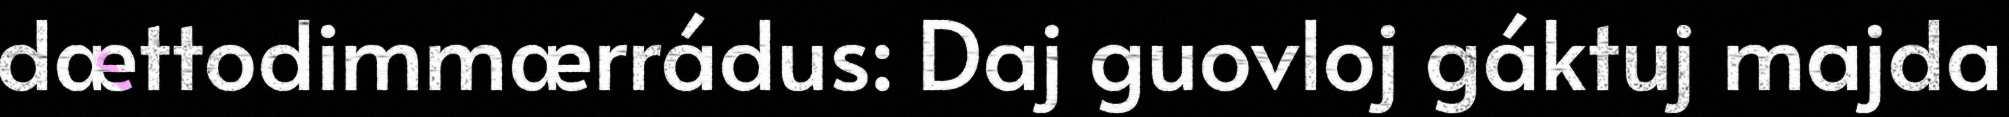
dættodimmærrádus: Daj guovloj gáktuj majda